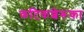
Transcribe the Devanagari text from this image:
कटिकशेरूका